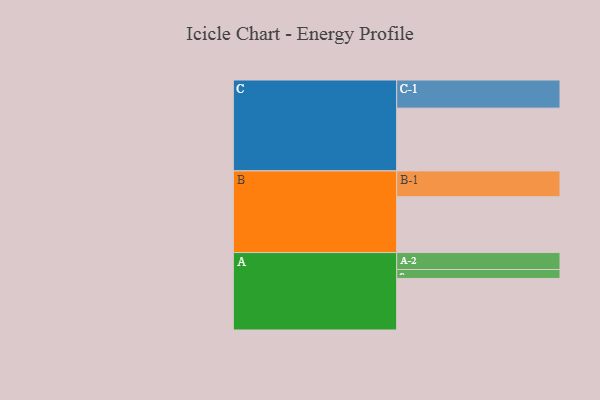
{"axis": {"x": "Segment", "y": "Value"}, "legend": ["", "A", "B", "C"], "data": [{"x": "A", "y": 341, "type": ""}, {"x": "B", "y": 369, "type": ""}, {"x": "C", "y": 415, "type": ""}, {"x": "A-1", "y": 59, "type": "A"}, {"x": "A-2", "y": 112, "type": "A"}, {"x": "B-1", "y": 171, "type": "B"}, {"x": "C-1", "y": 186, "type": "C"}]}